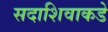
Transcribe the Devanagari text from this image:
सदाशिवाकडे